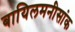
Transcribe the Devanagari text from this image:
बायिलमनीसांक